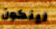
لينكون